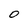
Character: O